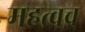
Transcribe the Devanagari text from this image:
महत्वच